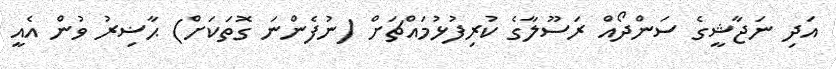
އަދި ނަޖާޝީގެ ސަންދޯއް ރަސޫލާގެ ކުރިފުޅުމައްޗަށް (ނުފެންނަ ގޮތަކަށް) ޙާޟިރު ވުން އެއީ